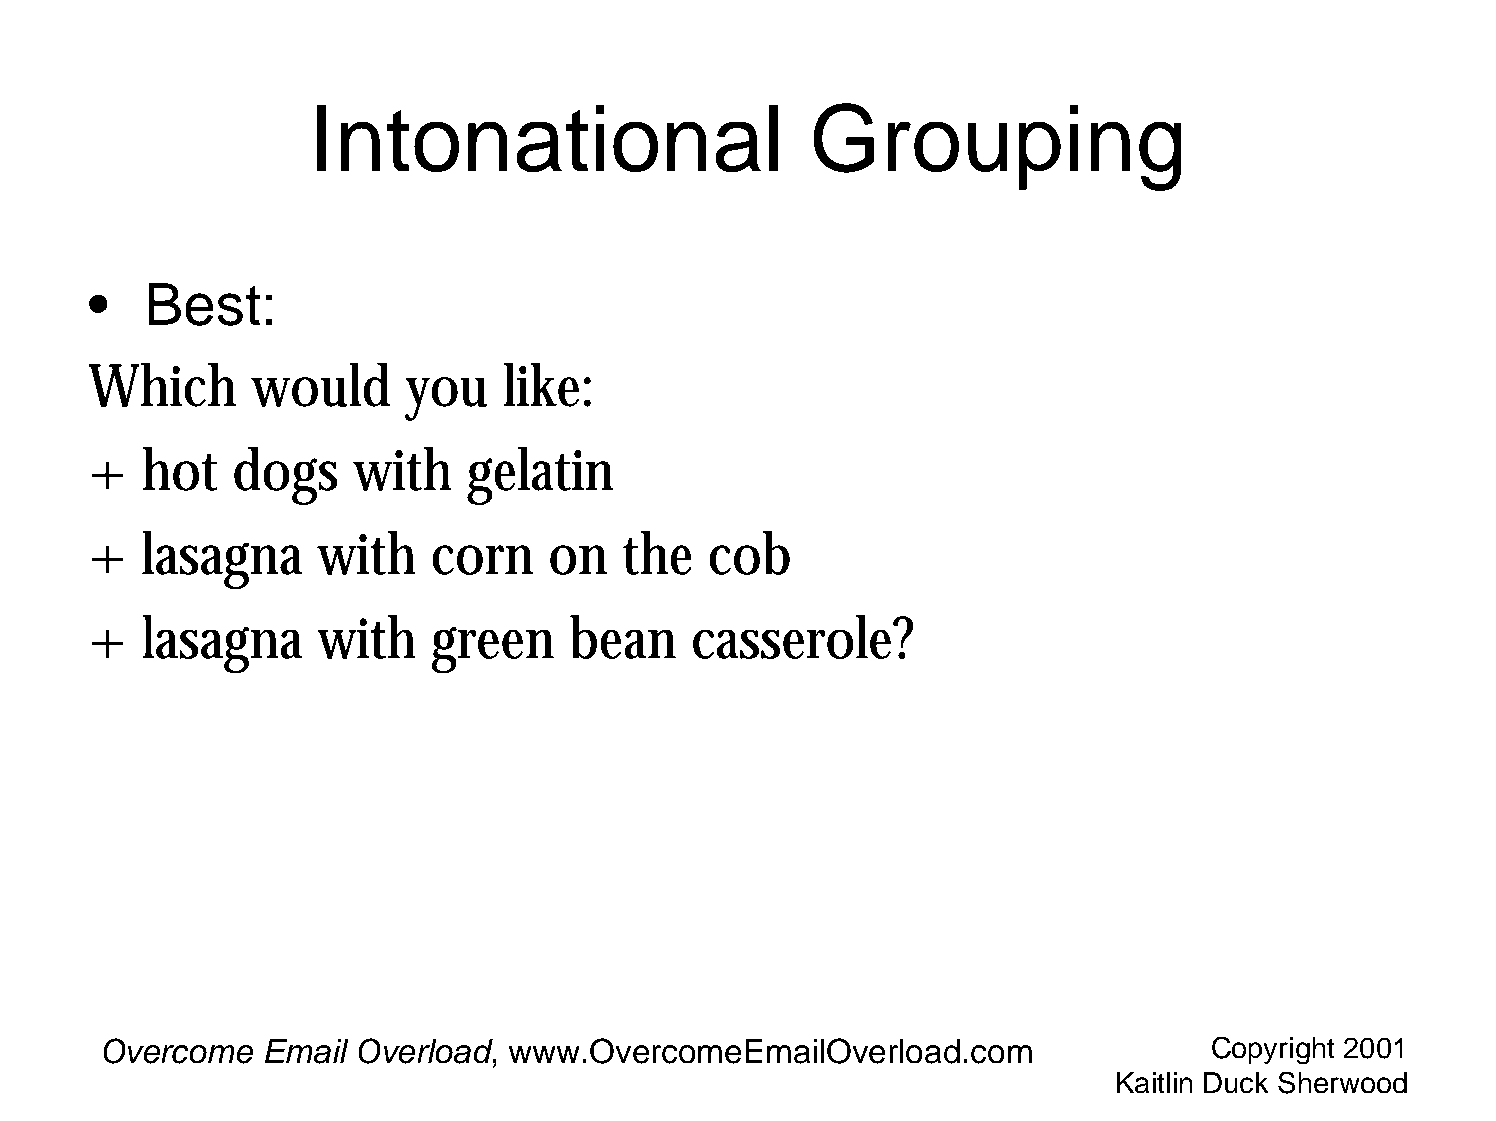
Intonational                     Grouping
 •   Best:
 Which      would     you   like:
 +  hot   dogs    with    gelatin
 +  lasagna     with    corn   on   the   cob
 +  lasagna     with    green    bean    casserole?
 Overcome  Email  Overload, www.OvercomeEmailOverload.com                 Copyright 2001
 Kaitlin Duck Sherwood